Black-water fever - Number 35
Disease focus: Fever
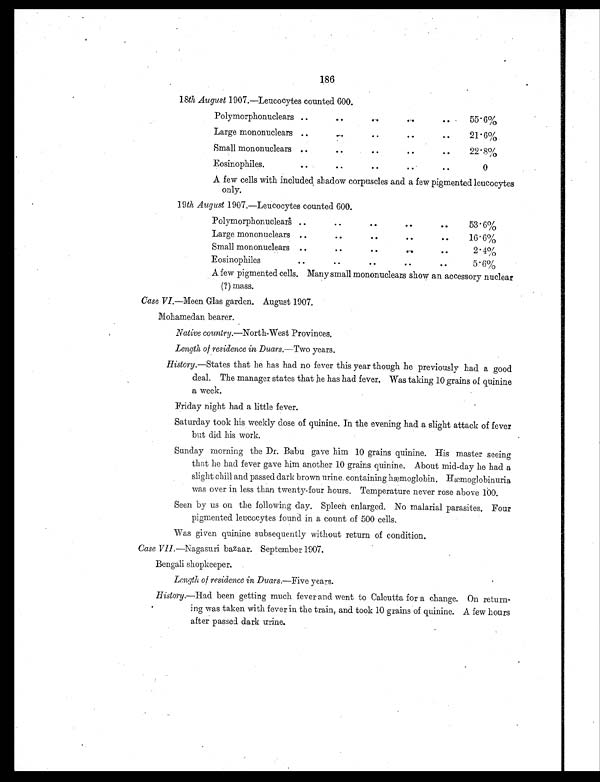
186
18th August 1907.—Leucocytes counted 600.
Polymorphonuclears ..
. .
. .
. .
.. 55.6%
Large mononuclears ..
. .
. .
..
. . 21.6%
Small mononuclears ..
. .
. .
..
. . 22.8%
Eosinophiles.
..
. .
. .
..
. .
0
A few cells with included shadow corpuscles and a few pigmented leucocytes
only.
19 th August 1907.—Leucocytes counted 600.
Polymorphonuclears ..
. .
. .
. .
. .
53.6%
Large mononuclears ..
..
..
. .
. .
16.6%
Small mononuclears ..
. .
. .
..
. .
2 4%
Eosinophiles
..
. .
. .
. .
. .
5.6%
A few pigmented cells. Many small mononuclears show an accessory nuclear
(?) mass.
Case VI.—Meen Glas garden. August 1907.
Mohamedan bearer.
Native country. —North-West Provinces.
Length of residence in Duars. —Two years.
History. —States that he has had no fever this year though he previously had a good
deal. The manager states that he has had fever. Was taking 10 grains of quinine
a week.
Friday night had a little fever.
Saturday took his weekly dose of quinine. In the evening had a slight attack of fever
but did his work.
Sunday morning the Dr. Babu gave him 10 grains quinine. His master seeing
that he had fever gave him another 10 grains quinine. About mid-day he had a
slight chill and passed dark brown urine. containing hæmoglobin. Hæmoglobinuria
was over in less than twenty-four hours. Temperature never rose above 100.
Seen by us on the following day. Spleen enlarged. No malarial parasites. Four
pigmented leucocytes found in a count of 500 cells.
Was given quinine subsequently without return of condition.
Case VII.—Nagasuri bazaar. September 1907.
Bengali shopkeeper.
Length of residence in Duars.—Five years.
History.—Had been getting much fever and went to Calcutta for a change. On return-
ing was taken with fever in the train, and took 10 grains of quinine. A few hours
after passed dark urine.